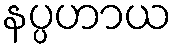
နပ္ပဟာယ